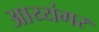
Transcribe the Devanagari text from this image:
अाय्यंगर